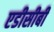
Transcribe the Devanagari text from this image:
एडीसीबी